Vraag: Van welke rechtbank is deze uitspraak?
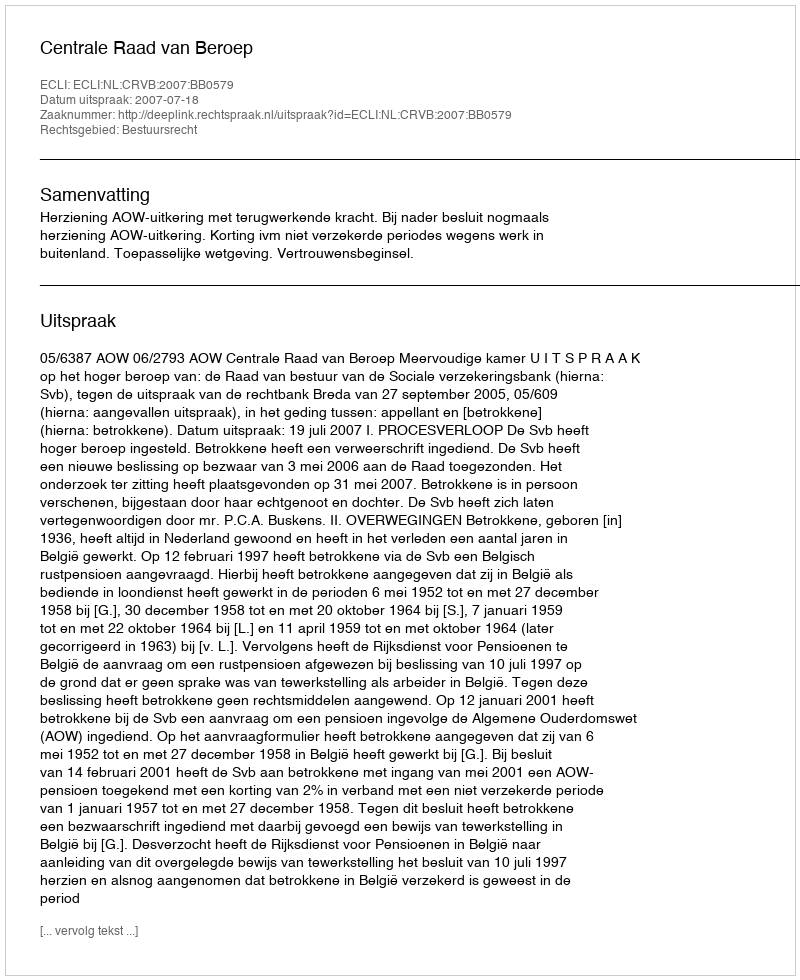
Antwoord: Centrale Raad van Beroep